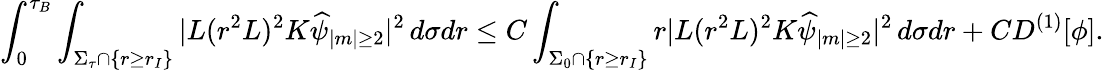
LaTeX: \int_{0}^{\tau_{B}}\int_{\Sigma_{\tau}\cap\{ r\geq r_{I}\} }|L(r^{2}L)^{2}K\widehat{\psi}_{|m|\geq 2}|^{2}\, d\sigma dr\leq C\int_{\Sigma_{0}\cap\{ r\geq r_{I}\} }r|L(r^{2}L)^{2}K\widehat{\psi}_{|m|\geq 2}|^{2}\, d\sigma dr+CD^{(1)}[\phi].